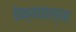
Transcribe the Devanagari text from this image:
ठेक्यातल्या